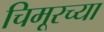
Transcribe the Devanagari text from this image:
चिमूरच्या